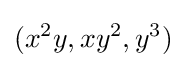
(x^{2}y,xy^{2},y^{3})